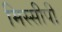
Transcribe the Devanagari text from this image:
मिस्सीपी